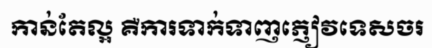
កាន់តែល្អ គឺការទាក់ទាញភ្ញៀវទេសចរ